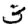
Digit: 3